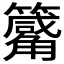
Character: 𥷑